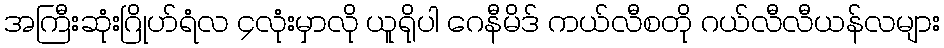
အကြီးဆုံးဂြိုဟ်ရံလ ၄လုံးမှာလို ယူရိုပါ ဂေနီမိဒ် ကယ်လီစတို ဂယ်လီလီယန်လများ